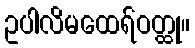
ဥပါလိမထေရ်ဝတ္ထု။